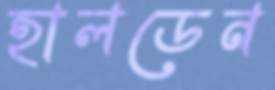
হালডেন